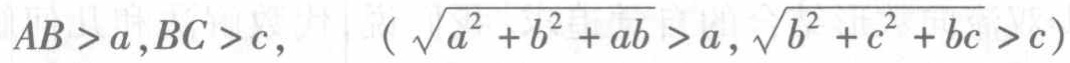
$AB > a,BC > c,\ \ (\sqrt{a^{2}+b^{2}+ab} > a,\sqrt{b^{2}+c^{2}+bc} > c)$